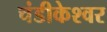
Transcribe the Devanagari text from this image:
चंडीकेश्‍वर